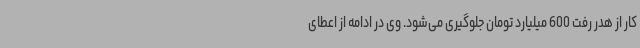
کار از هدر رفت 600 میلیارد تومان جلوگیری می‌شود. وی در ادامه از اعطای